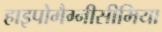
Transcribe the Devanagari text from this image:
हाइपोमैग्नीसीमिया